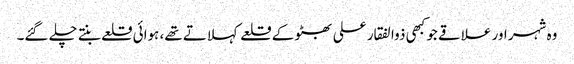
وہ شہر اور علاقے جو کبھی ذوالفقار علی بھٹو کے قلعے کہلاتے تھے، ہوائی قلعے بنتے چلے گئے۔